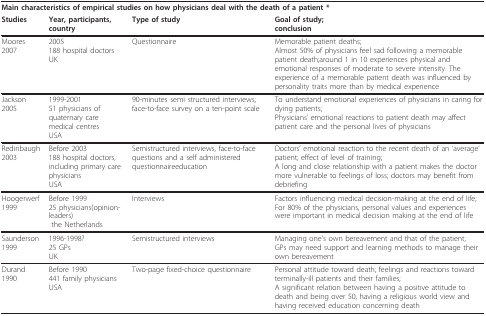
| <COLSPAN=4> Main characteristics of empirical studies on how physicians deal with the death of a patient * |
 | Studies | Year, participants, country | Type of study | Goal of study;conclusion |
 | --- | --- | --- | --- |
 | Moores 2007 | 2005188 hospital doctorsUK | Questionnaire | Memorable patient deaths;Almost 50% of physicians feel sad following a memorable patient death;around 1 in 10 experiences physical and emotional responses of moderate to severe intensity. The experience of a memorable patient death was influenced by personality traits more than by medical experience |
 | Jackson 2005 | 1999-200151 physicians of quaternary care medical centresUSA | 90-minutes semi structured interviews;face-to-face survey on a ten-point scale | To understand emotional experiences of physicians in caring for dying patients;Physicians' emotional reactions to patient death may affect patient care and the personal lives of physicians |
 | Redinbaugh 2003 | Before 2003188 hospital doctors, including primary care physiciansUSA | Semistructured interviews, face-to-face questions and a self administered questionnaireeducation | Doctors' emotional reaction to the recent death of an 'average' patient; effect of level of training;A long and close relationship with a patient makes the doctor more vulnerable to feelings of loss; doctors may benefit from debriefing |
 | Hoogerwerf 1999 | Before 199925 physicians(opinion-leaders) the Netherlands | Interviews | Factors influencing medical decision-making at the end of life;For 80% of the physicians, personal values and experiences were important in medical decision making at the end of life |
 | Saunderson 1999 | 1996-1998?25 GPsUK | Semistructured interviews | Managing one's own bereavement and that of the patient;GPs may need support and learning methods to manage their own bereavement |
 | Durand 1990 | Before 1990441 family physiciansUSA | Two-page fixed-choice questionnaire | Personal attitude toward death; feelings and reactions toward terminally-ill patients and their families;A significant relation between having a positive attitude to death and being over 50, having a religious world view and having received education concerning death |